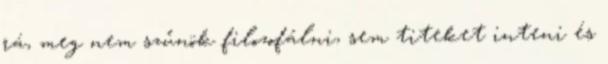
rá, meg nem szűnök filozofálni, sem titeket inteni és